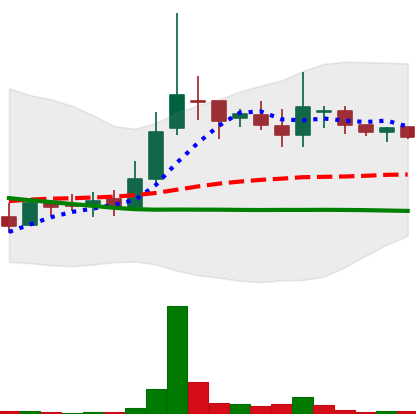
Ticker: LINK-USD
Chart end date: 2018-10-01
Forward return: 3.956%
Label: up_3_5